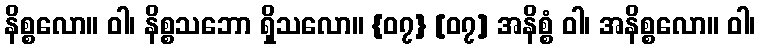
နိစ္စလော။ ဝါ၊ နိစ္စသဘော ရှိသလော။ {၀၇} [၀၇] အနိစ္စံ ဝါ၊ အနိစ္စလော။ ဝါ၊